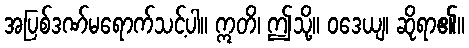
အပြစ်ဒဏ်မရောက်သင့်ပါ။ ဣတိ၊ ဤသို့။ ဝဒေယျ၊ ဆိုရာ၏။